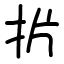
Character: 扸